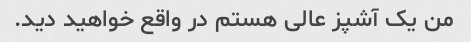
من یک آشپز عالی هستم در واقع خواهید دید.